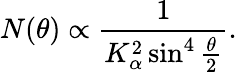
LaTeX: N(\theta)\propto\frac{1}{K_{\alpha}^{2}\sin^{4}\frac{\theta}{2}}.